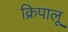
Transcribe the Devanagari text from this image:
क्रिपालू